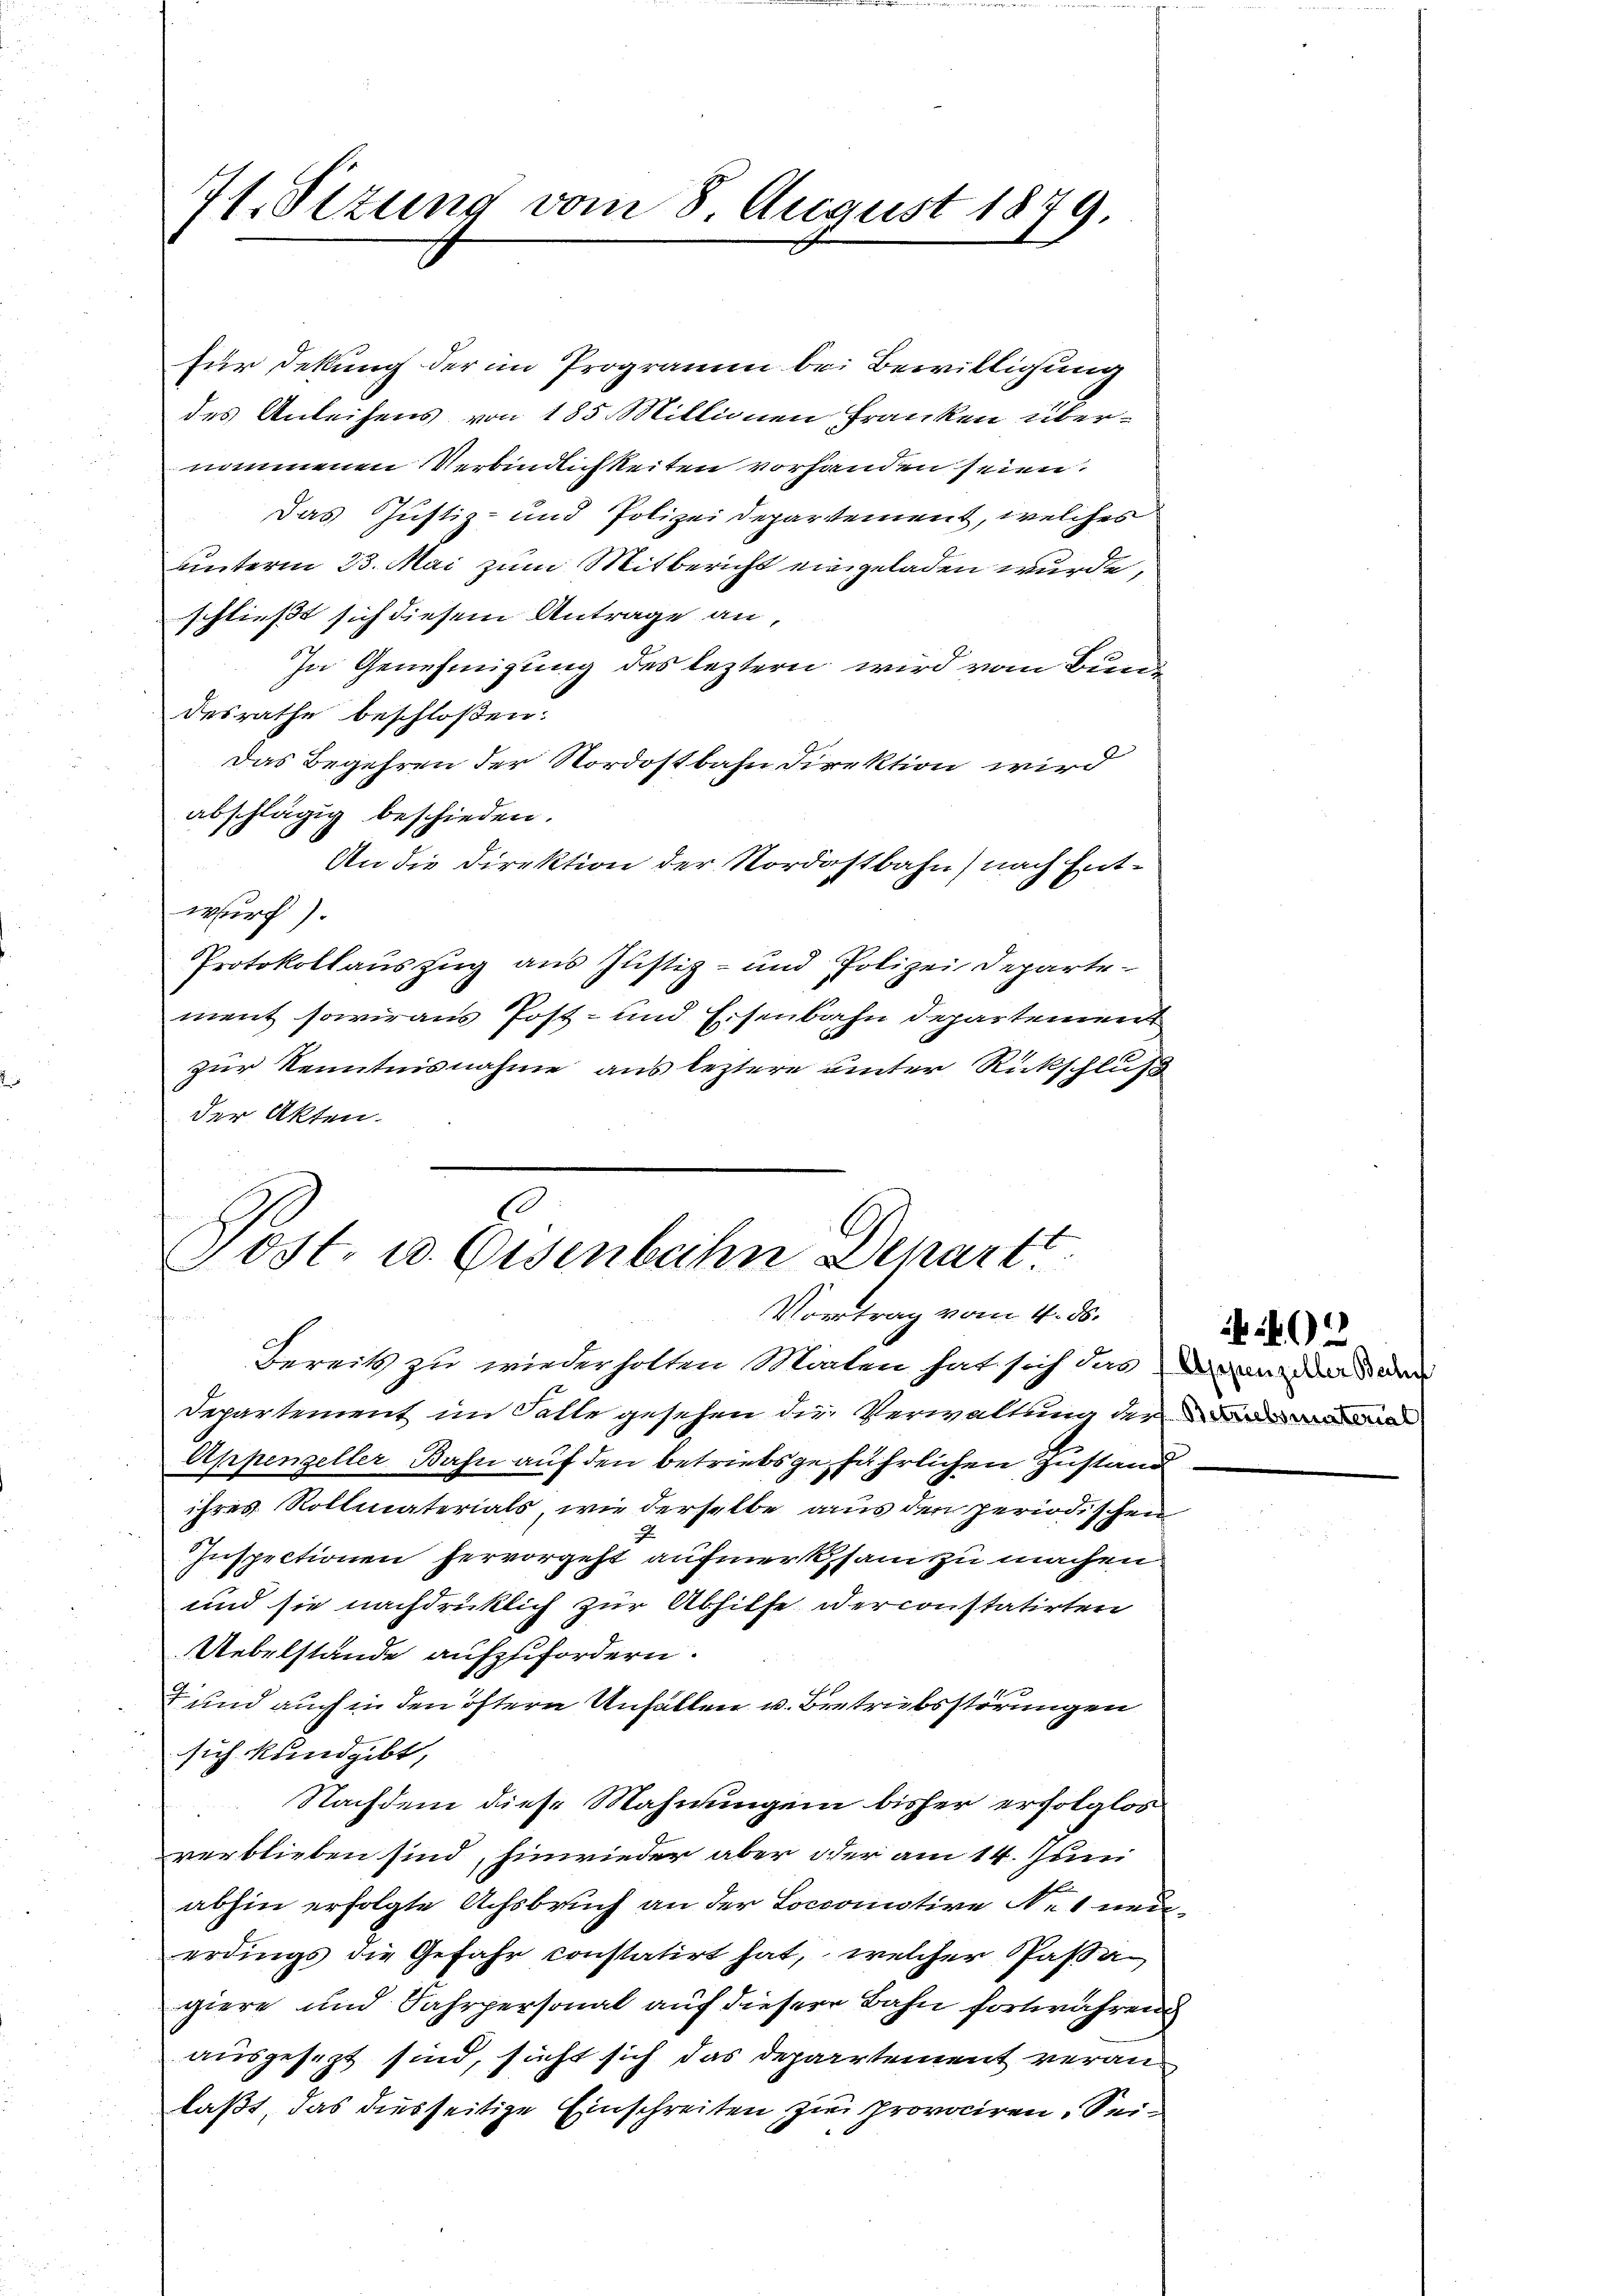
für dekung der im Programm bei Bewilligung
des Anleihens von 185 Millionen Franken übernommenen Verbindlichkeiten vorhanden seien.
Das Justiz- und Polizeidepartement, welches
unterm 23. Mai zum Mitbericht eingeladen wurde,
schließt sich diesem Antrage an,
In Genehmigung des leztern wird vom Bund
desrathe beschloßen:
Das Begehren der Nordostbahn Direktion wird
abschlägig beschieden.
An die Direktion der Nordostbahn nach Entwurf).
Protokollauszug aus Justiz- und Polizei Departement sowie aus Post- und Eisenbahn Departement
zur Kenntnisnahme aus leztere unter Rückschluß
der Akten.

71. Sezung vom 8. August 1879.

Bereits zu wiederholten Märten hat sich die ganz der Beden
Departement im Falle gesehen die Verwaltung der du
Appenzeller Bahn auf den betriebsgefährlichen Zustand
ihres Rollmaterials, wie derselbe aus den periodischen
i
Inspectionen hervorgeht aufmerksam zu machen
und sie nachdrücklich zur Abhilfe derconstatirten
Uebelstände aufzufordern.
+ und auch in den öftern Unfallen u. Bretrübsstörungen
sich kundgibt,
Nachdem diese Mahnungen bisher erfolglos
verblieben sind, hinwieder aber oder am 14. Juni
abhin erfolgte Achsbruch an der Loccomotive Ne1 neuerdings die Gefahr constatirt hat, welcher Passagiere und Fahrpersonal auf dieser Bahn fortwähren
ausgesezt sind, sicht sich das Departement veranlaßt, das diesseitige Einschreiten zu provociren. Sei¬

Post. u. Eisenbahn Depart
Vortrag vom 4. ds.

402